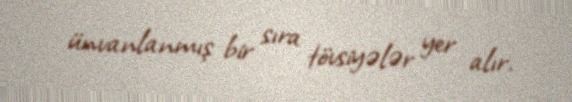
ünvanlanmış bir sıra tövsiyələr yer alır.